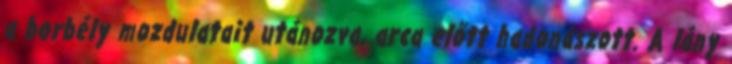
a borbély mozdulatait utánozva, arca előtt hadonászott. A lány